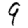
Digit: 9